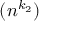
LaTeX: ( n ^ { k _ { 2 } } )